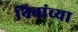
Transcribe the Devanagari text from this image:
निबांच्या